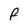
Character: F